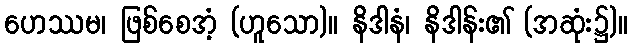
ဟေဿမ၊ ဖြစ်စေအံ့ (ဟူသော)။ နိဒါနံ၊ နိဒါန်း၏ (အဆုံး၌)။